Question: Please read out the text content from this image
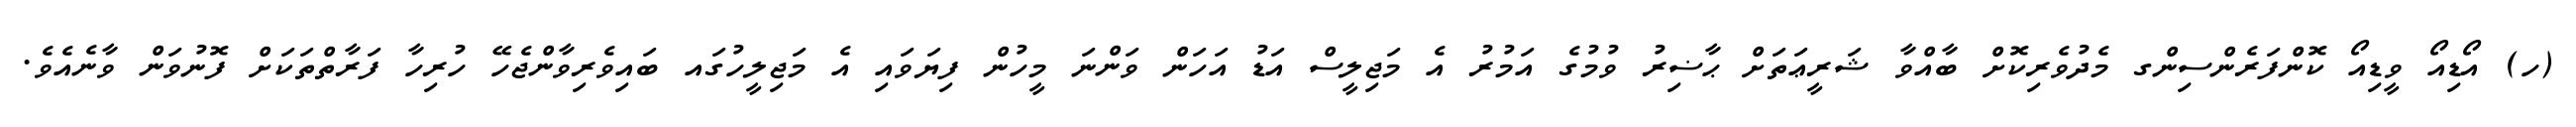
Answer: (ހ) އޯޑިއޯ ވީޑިއޯ ކޮންފަރެންސިންގ މެދުވެރިކޮށް ބާއްވާ ޝަރީޢަތަށް ޙާޟިރު ވުމުގެ އަމުރު އެ މަޖިލީސް އަޑު އަހަން ވަންނަ މީހުން ފިޔަވައި އެ މަޖިލީހުގައ ބައިވެރިވާންޖެހޭ ހުރިހާ ފަރާތްތަކަށް ފޮނުވަން ވާނެއެވެ.